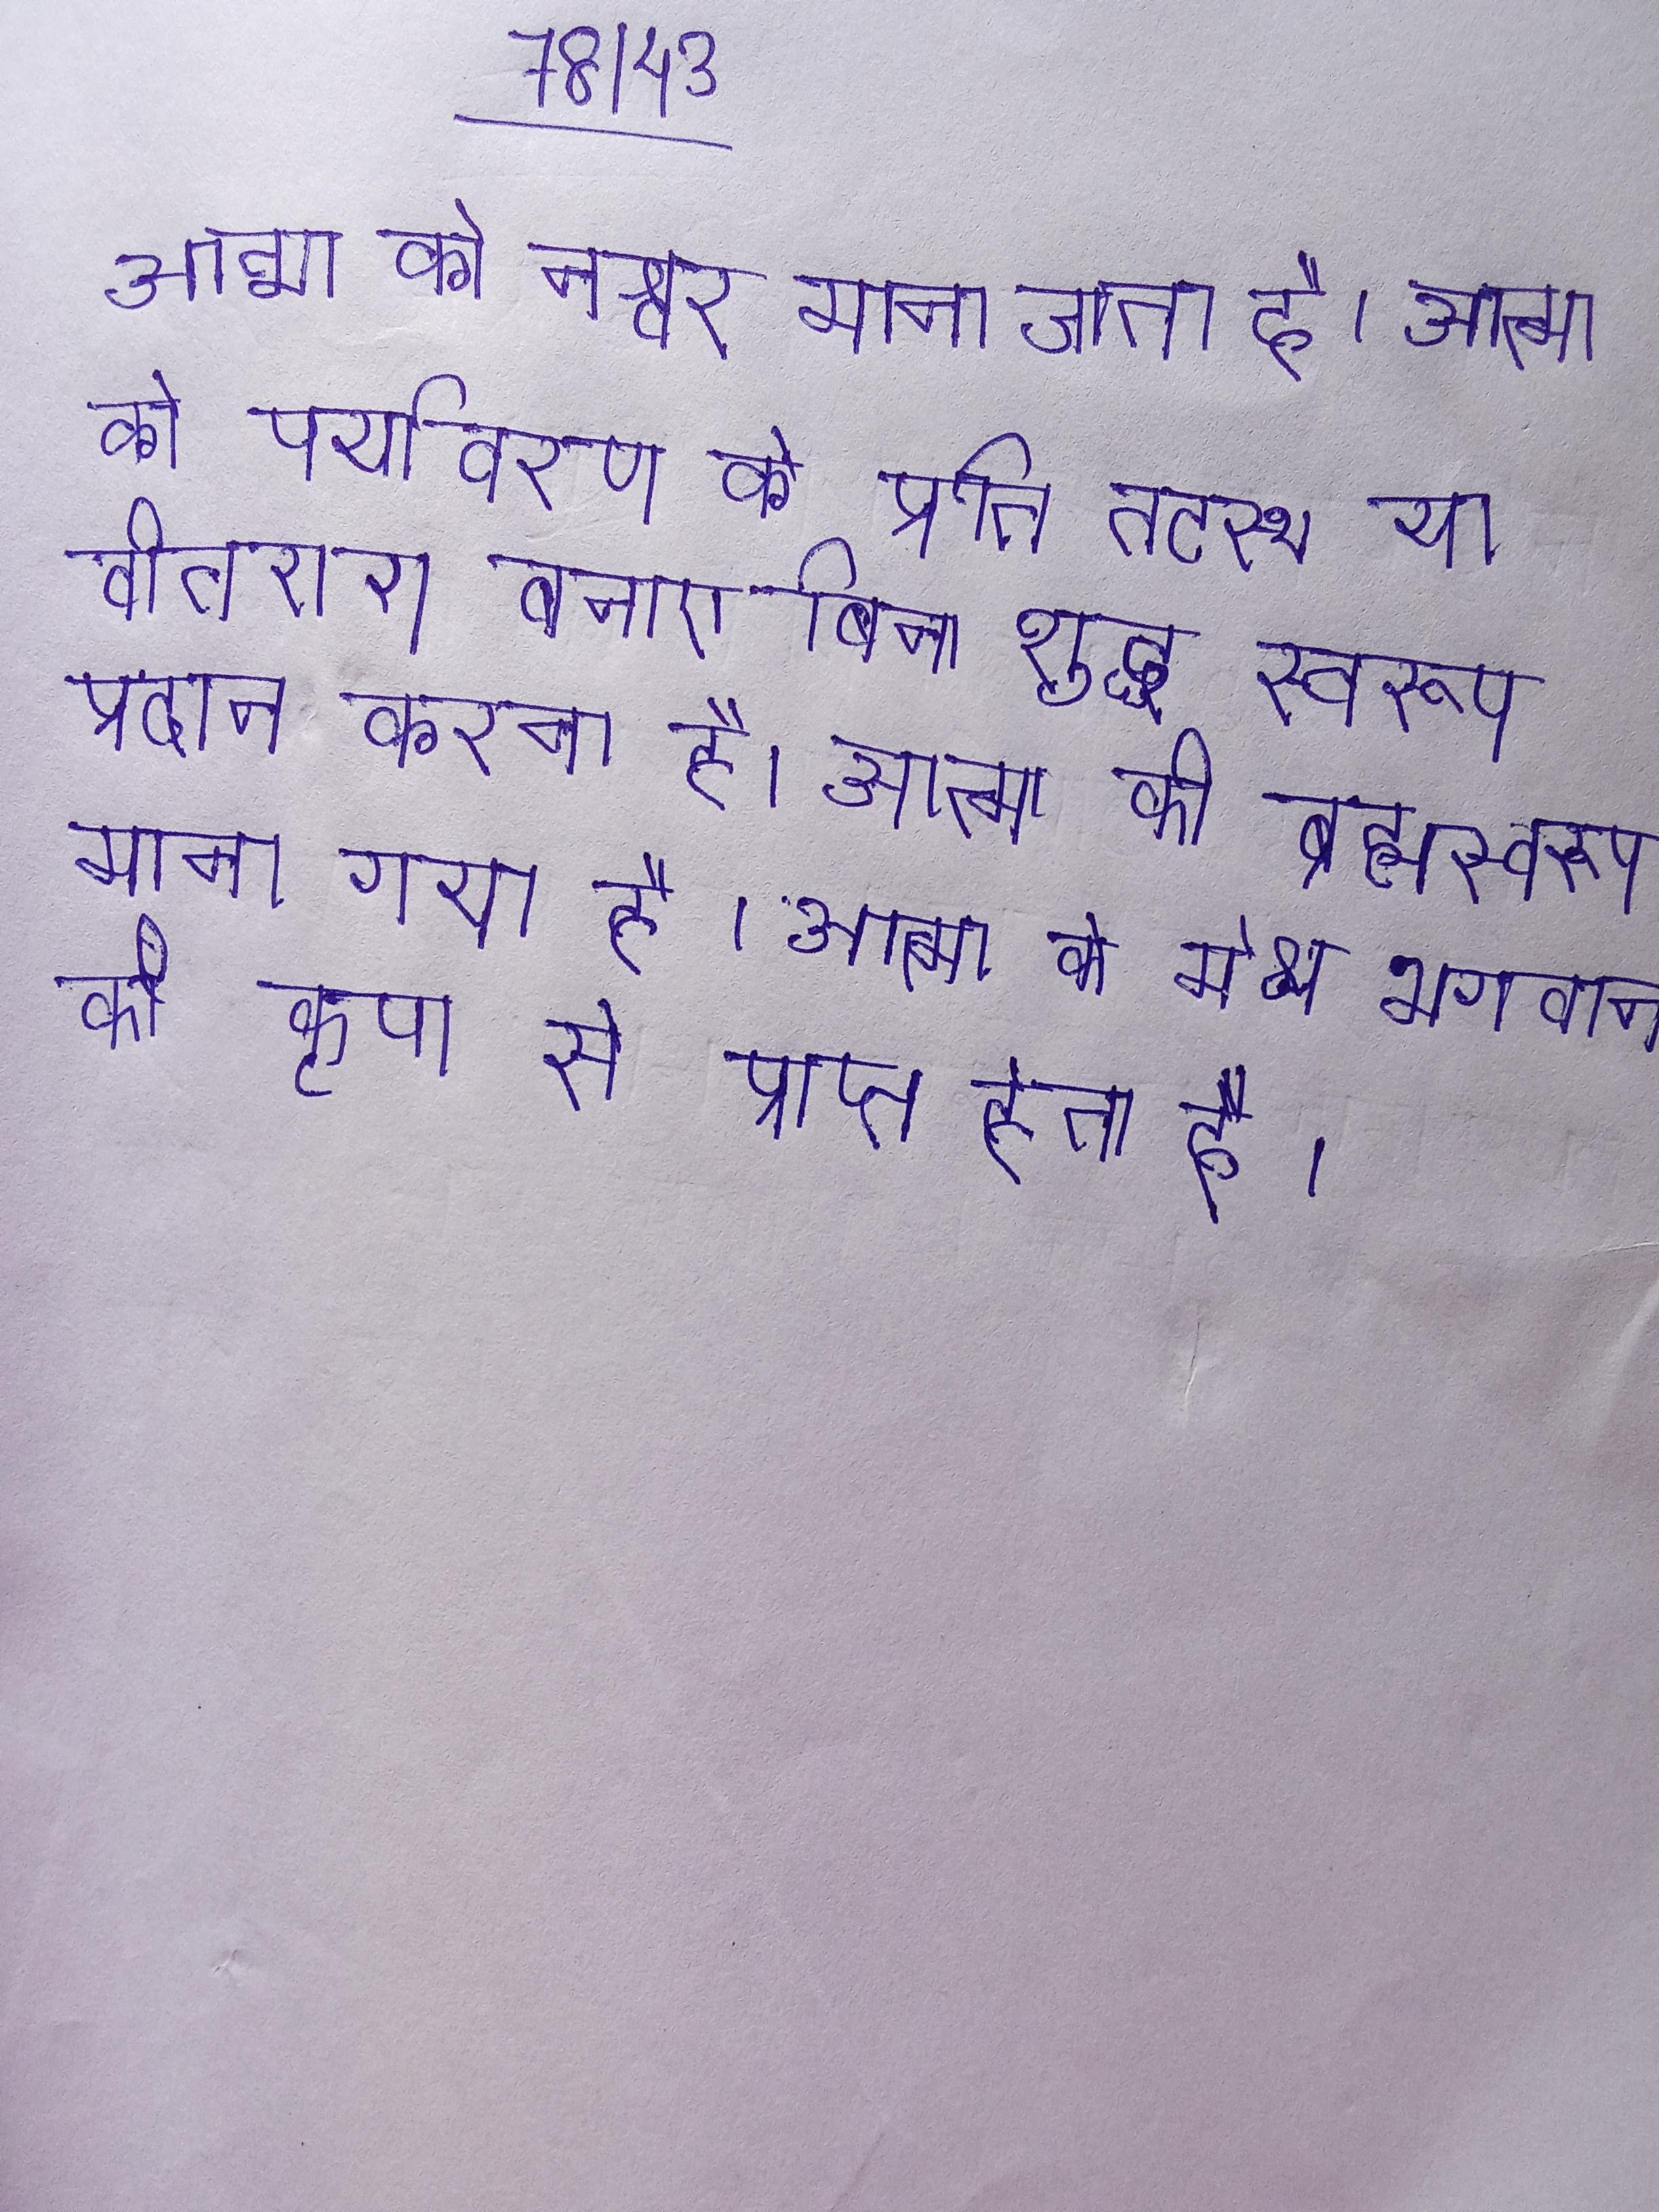
आत्मा को नश्वर माना जाता है । आत्मा को पर्यावरण के प्रति तटस्थ या वीतराग बनाए बिना शुद्ध स्वरूप प्रदान करना है । आत्मा को ब्रह्मस्वरूप माना गया है । आत्मा को मोक्ष भगवान की कृपा से प्राप्त होता है ।